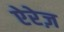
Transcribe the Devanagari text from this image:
ऐरेज़